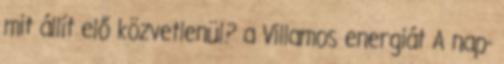
mit állít elő közvetlenül? a Villamos energiát A nap-